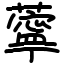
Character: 薴